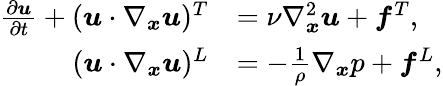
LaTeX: \begin{array}{rl}{\frac{\partial\boldsymbol{u}}{\partial t}+(\boldsymbol{u}\cdot\nabla_{\boldsymbol{x}}\boldsymbol{u})^{T}}&{=\nu\nabla_{\boldsymbol{x}}^{2}\boldsymbol{u}+\boldsymbol{f}^{T},}\\ {(\boldsymbol{u}\cdot\nabla_{\boldsymbol{x}}\boldsymbol{u})^{L}}&{=-\frac{1}{\rho}\nabla_{\boldsymbol{x}}p+\boldsymbol{f}^{L},}\end{array}